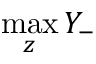
\operatorname* { m a x } _ { z } Y _ { - }